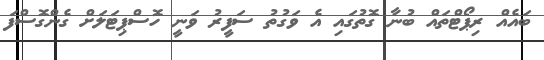
ބައެއް ރިޕޯޓްތައް ބުނާ ގޮތުގައި އެ ވަގުތު ސަފީރު ވަނީ ހޮސްޕިޓަލަށް ގެންގޮސްފަ